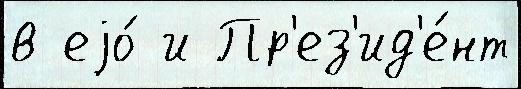
в еjо́ и Пр'ез'ид'е́нт